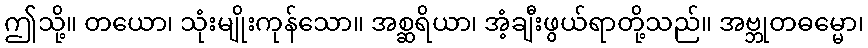
ဤသို့။ တယော၊ သုံးမျိုးကုန်သော။ အစ္ဆရိယာ၊ အံ့ချီးဖွယ်ရာတို့သည်။ အဗ္ဘုတဓမ္မော၊